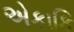
એકાકિ